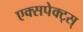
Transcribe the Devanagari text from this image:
एक्सपेक्ट्स्